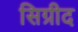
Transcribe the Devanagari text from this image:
सिग्रीद